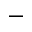
-